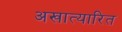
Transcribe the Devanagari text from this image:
अखात्यारित